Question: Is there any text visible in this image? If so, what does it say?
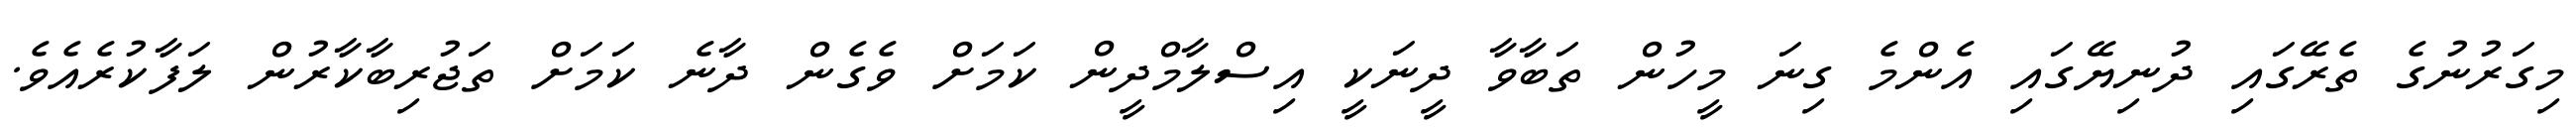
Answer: މިގަރުނުގެ ތެރޭގައި ދުނިޔޭގައި އެންމެ ގިނަ މީހުން ތަބާވާ ދީނަކީ އިސްލާމްދީން ކަމަށް ވެގެން ދާނެ ކަމަށް ތަޖުރިބާކާރުން ލަފާކުރެއެވެ.